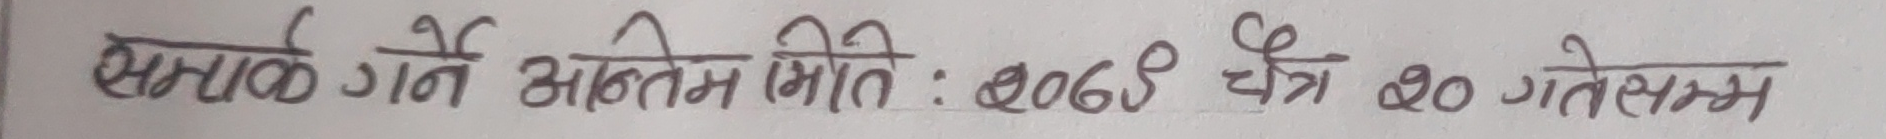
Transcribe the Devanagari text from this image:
समपर्क गर्ने अन्तिम मिति: २०७९ चैत्र २० गतेसम्म